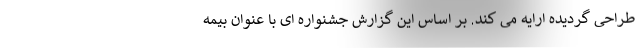
طراحی گردیده ارایه می کند. بر اساس این گزارش جشنواره ای با عنوان بیمه